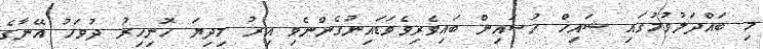
މި ބައްދަލުވުމުގައި ޝައިޚް ހުސައިން ބައިވެރިވެވަޑައިނުގެންނެވި އިރު މިދިޔަ ހޮނިހިރު ދުވަހު އޭނާގެ